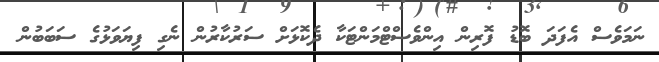
ނަމަވެސް އެފަދަ ބޮޑު ފޮރިން އިންވެސްޓްމަންޓަކާ ދެކޮޅަށް ސަރުކާރުން ނެގި ފިޔަވަޅުގެ ސަބަބުން